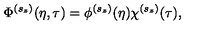
\Phi ^ { ( s _ { z } ) } ( \eta , \tau ) = \phi ^ { ( s _ { z } ) } ( \eta ) \chi ^ { ( s _ { z } ) } ( \tau ) ,